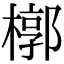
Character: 槨